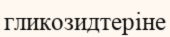
гликозидтеріне